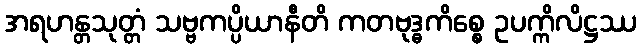
အရဟန္တသုတ္တံ သဗ္ဗကပ္ပိယာနီတိ ကတဗုဒ္ဓကိစ္စေ ဥပက္ကိလိဋ္ဌဿ